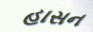
હાસન